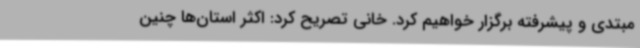
مبتدی و پیشرفته برگزار خواهیم کرد. خانی تصریح کرد: اکثر استان‌ها چنین